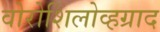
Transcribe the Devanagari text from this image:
वोरोशिलोव्हग्राद